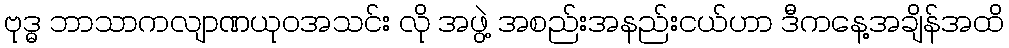
ဗုဒ္ဓ ဘာသာကလျာဏယုဝအသင်း လို အဖွဲ့ အစည်းအနည်းငယ်ဟာ ဒီကနေ့အချိန်အထိ